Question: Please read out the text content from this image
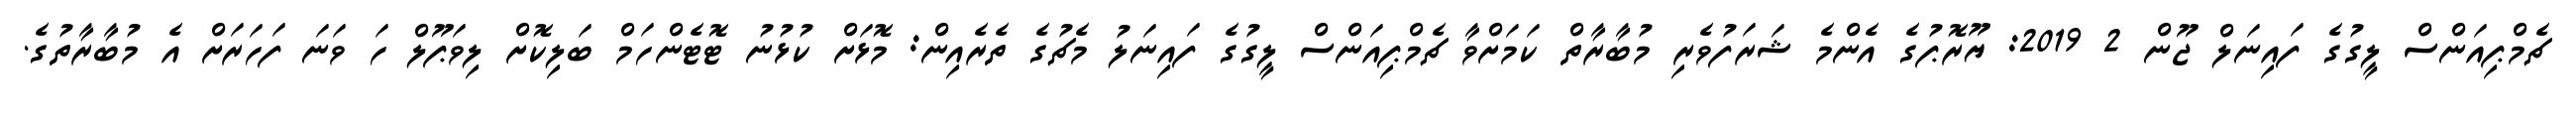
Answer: ޗެމްޕިއަންސް ލީގުގެ ފައިނަލް ޖޫން 2 2019: ޔޫރޮޕުގެ އެންމެ ޝަރަފުވެރި މުބާރާތް ކަމަށްވާ ޗެމްޕިއަންސް ލީގުގެ ފައިނަލު މެޗުގެ ތެރެއިން: މޮޅަށް ކުޅުނު ޓޮޓެންހަމް ބަލިކޮށް ލިވަޕޫލް ހަ ވަނަ ފަހަރަށް އެ މުބާރާތުގެ.